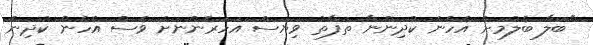
"ބަލާ ބެލުމަށް އެހެން ކުދިންނާ ތަފާތު ވިޔަސް އަހަރެންނަށް ވެސް އެހެން ކުދިން